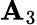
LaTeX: \mathbf{A}_{3}